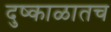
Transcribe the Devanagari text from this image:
दुष्काळातच